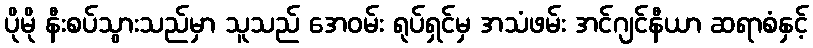
ပိုမို နီးစပ်သွားသည်မှာ သူသည် အေဝမ်း ရုပ်ရှင်မှ အသံဖမ်း အင်ဂျင်နီယာ ဆရာစံနှင့်